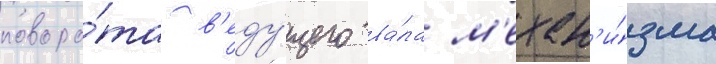
поворо́та в'еду́щего ва́ла м'ехан'и́зма